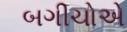
બગીચોએ